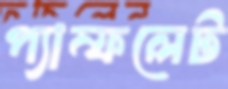
প্যাম্ফলেট